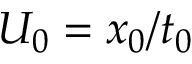
U _ { 0 } = x _ { 0 } / t _ { 0 }